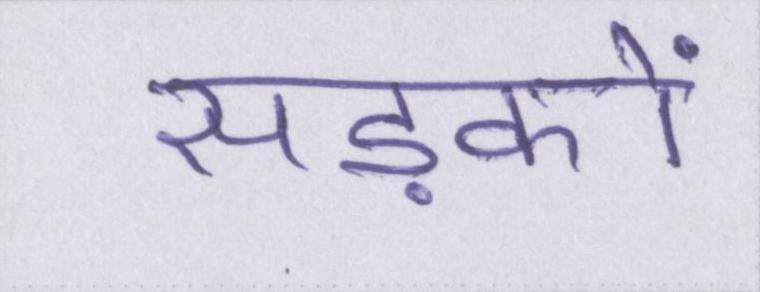
सड़कों